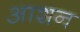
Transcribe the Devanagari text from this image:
आशन